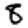
Digit: 8